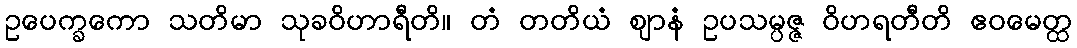
ဥပေက္ခကော သတိမာ သုခဝိဟာရီတိ။ တံ တတိယံ ဈာနံ ဥပသမ္ပဇ္ဇ ဝိဟရတီတိ ဧဝမေတ္ထ